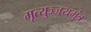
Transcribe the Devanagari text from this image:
मृत्युञ्जयमंत्र